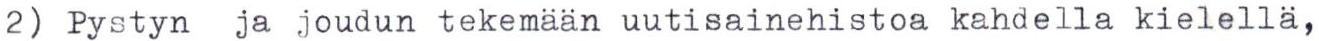
2) Pystyn ja joudun tekemään uutisainehistoa kahdella kielellä,